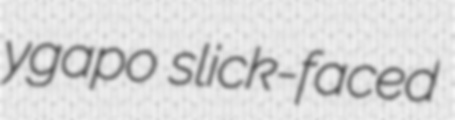
ygapo slick-faced